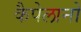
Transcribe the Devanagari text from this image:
कैपेलानो